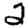
Digit: 2